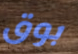
بوق